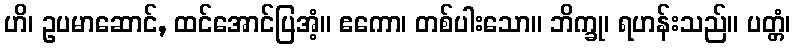
ဟိ၊ ဥပမာဆောင်, ထင်အောင်ပြအံ့။ ဧကော၊ တစ်ပါးသော။ ဘိက္ခု၊ ရဟန်းသည်။ ပတ္တံ၊